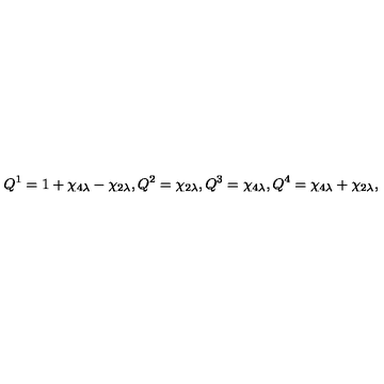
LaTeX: Q ^ { 1 } = 1 + \chi _ { 4 \lambda } - \chi _ { 2 \lambda } , Q ^ { 2 } = \chi _ { 2 \lambda } , Q ^ { 3 } = \chi _ { 4 \lambda } , Q ^ { 4 } = \chi _ { 4 \lambda } + \chi _ { 2 \lambda } ,